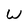
Character: W